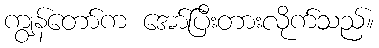
ကျွန်တော်က အော်ပြီးတားလိုက်သည်။